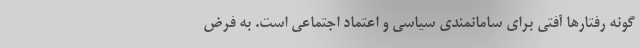
گونه رفتارها آفتی برای سامانمندی سیاسی و اعتماد اجتماعی است. به فرض